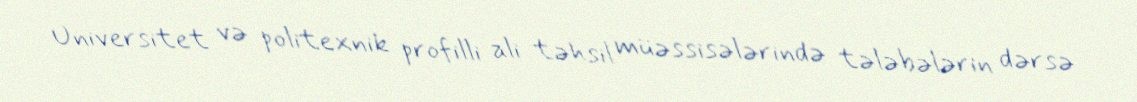
Universitet və politexnik profilli ali təhsil müəssisələrində tələbələrin dərsə